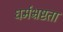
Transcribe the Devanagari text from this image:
धर्मभ्रष्टता